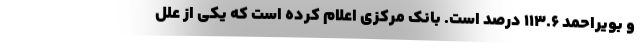
و بویراحمد ۱۱۳.۶ درصد است. بانک مرکزی اعلام کرده است که یکی از علل